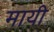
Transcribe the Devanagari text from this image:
मायी